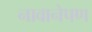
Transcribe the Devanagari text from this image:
नावानेपण